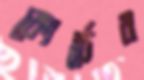
কোর্চের